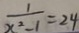
\frac { 1 } { x ^ { 2 } - 1 } = 2 4